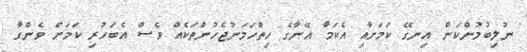
ނުލިބުމުންކަން އިނގޭ ކަމަށާއި އެކަމާ އޭނާގެ ހިތްހަމަނުޖެހުންތަކެއް ވެސް އެބަހުރި ކަމަށް ވެންގާ